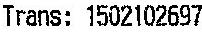
TRANS: 1502102697